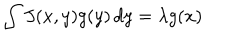
\int J ( x , y ) g ( y ) \, d y = \lambda g ( x )